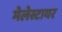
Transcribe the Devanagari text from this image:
मेलेस्टायर